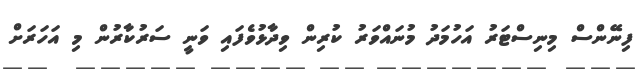
ފިނޭންސް މިނިސްޓަރު އަހުމަދު މުނައްވަރު ކުރިން ވިދާޅުވެފައި ވަނީ ސަރުކާރުން މި އަހަރަށް